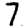
Digit: 7